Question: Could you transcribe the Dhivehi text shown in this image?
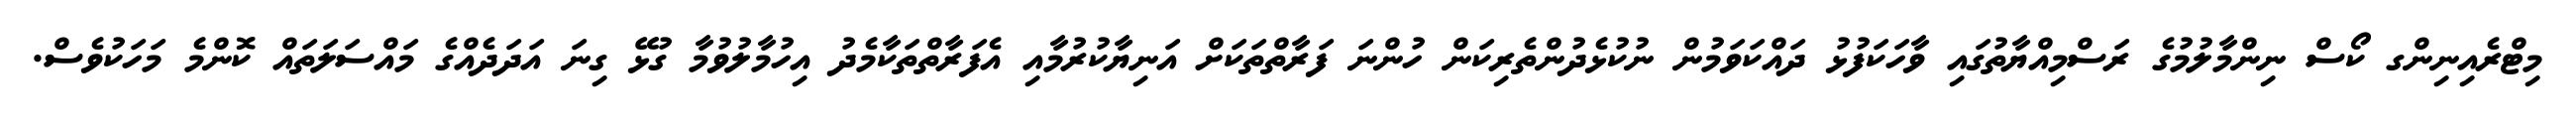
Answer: މިޓްރެއިނިންގ ކޯސް ނިންމާލުމުގެ ރަސްމިއްޔާތުގައި ވާހަކަފުޅު ދައްކަވަމުން ނުކުޅެދުންތެރިކަން ހުންނަ ފަރާތްތަކަށް އަނިޔާކުރުމާއި އެފަރާތްތަކާމެދު އިހުމާލުވުމާ ގުޅޭ ގިނަ އަދަދެއްގެ މައްސަލަތައް ކޮންމެ މަހަކުވެސް.